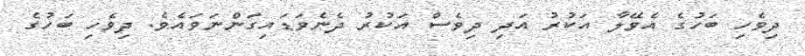
ދިވެހި ބަހުގެ އެވޭލާ އަކުރު އަދި ދިވެސް އަކުރު ދެނެވަޑައިގަންނަވައެވެ. ދިވެހި ބަހުގެ